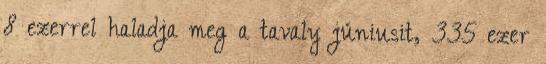
8 ezerrel haladja meg a tavaly júniusit, 335 ezer